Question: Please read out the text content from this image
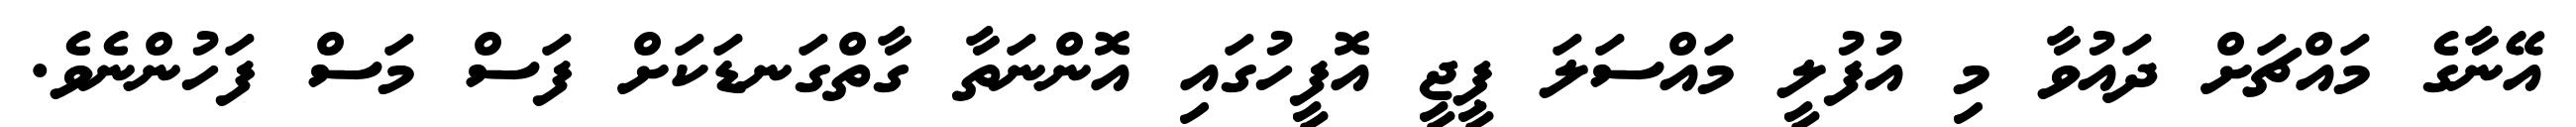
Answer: އޭނާގެ މައްޗަށް ދައުވާ މި އުފުލީ މައްސަލަ ޕީޖީ އޮފީހުގައި އޮންނަތާ ގާތްގަނޑަކަށް ފަސް މަސް ފަހުންނެވެ.